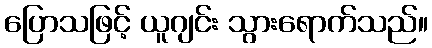
ပြောသဖြင့် ယူဂျင်း သွားရောက်သည်။